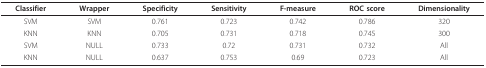
<table><thead><tr><td><b>Classifier</b></td><td><b>Wrapper</b></td><td><b>Specificity</b></td><td><b>Sensitivity</b></td><td><b>F-measure</b></td><td><b>ROC score</b></td><td><b>Dimensionality</b></td></tr></thead><tbody><tr><td>SVM</td><td>SVM</td><td>0.761</td><td>0.723</td><td>0.742</td><td>0.786</td><td>320</td></tr><tr><td>KNN</td><td>KNN</td><td>0.705</td><td>0.731</td><td>0.718</td><td>0.745</td><td>300</td></tr><tr><td>SVM</td><td>NULL</td><td>0.733</td><td>0.72</td><td>0.731</td><td>0.732</td><td>All</td></tr><tr><td>KNN</td><td>NULL</td><td>0.637</td><td>0.753</td><td>0.69</td><td>0.723</td><td>All</td></tr></tbody></table>